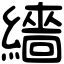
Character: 繬